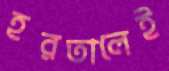
হরতালেই